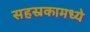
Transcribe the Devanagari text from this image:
सहस्रकामध्ये